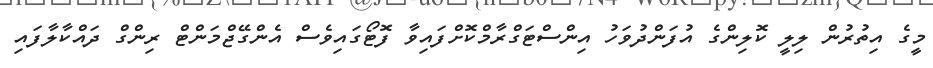
މީގެ އިތުރުން ލިލީ ކޮލިންގެ އުފަންދުވަހު އިންސްޓަގްރާމްކޮށްފައިވާ ފޮޓޯގައިވެސް އެންގޭޖްމަންޓް ރިންގް ދައްކާލާފައި